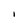
Character: l